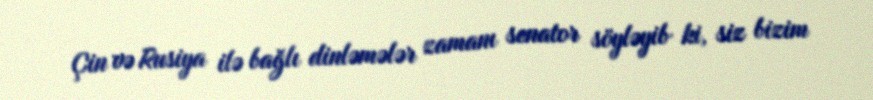
Çin və Rusiya ilə bağlı dinləmələr zamanı senator söyləyib ki, siz bizim